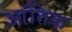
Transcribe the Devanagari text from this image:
आंतिक